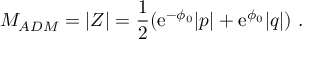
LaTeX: M _ { A D M } = | Z | = { \frac { 1 } { 2 } } ( { \mathrm { e } } ^ { - \phi _ { 0 } } | p | + { \mathrm { e } } ^ { \phi _ { 0 } } | q | ) \ .